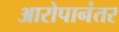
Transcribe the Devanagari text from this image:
आरोपानंतर